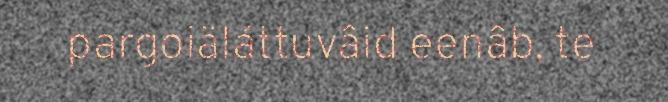
pargoiäláttuvâid eenâb, te